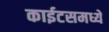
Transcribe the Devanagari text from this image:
काईटसमध्ये